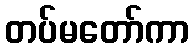
တပ်မတော်ကာ